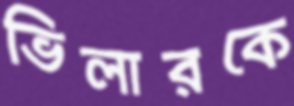
ভিলারকে